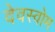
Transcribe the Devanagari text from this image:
देवस्‍वोम